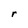
Character: r